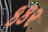
કકર